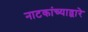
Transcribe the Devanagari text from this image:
नाटकांच्याद्वारे